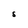
Character: S